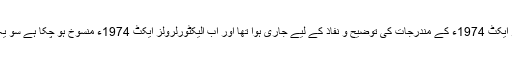
چونکہ یہ نوٹیفیکیشن الیکٹورلرولز ایکٹ 1974ء کے مندرجات کی توضیح و نفاذ کے لیے جاری ہوا تھا اور اب الیکٹورلرولز ایکٹ 1974ء منسوخ ہو چکا ہے سو یہ نوٹیفیکیشن بھی غیر موثر ہو گیا۔